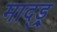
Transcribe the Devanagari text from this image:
माद्ड्र्